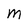
Character: M